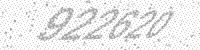
Solution: 922620